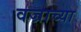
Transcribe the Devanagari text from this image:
वज्राच्या